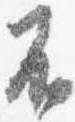
不